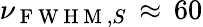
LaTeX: \nu_{\mathrm{~F~W~H~M~},S}\, \approx\, 60